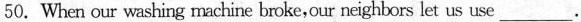
50.When our washing machine broke,our neighbors let us use___.